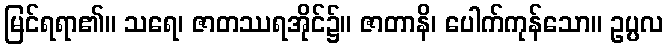
မြင်ရရာ၏။ သရေ၊ ဇာတဿရအိုင်၌။ ဇာတာနိ၊ ပေါက်ကုန်သော။ ဥပ္ပလ